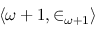
\langle \omega + 1 , \in _ { \omega + 1 } \rangle